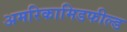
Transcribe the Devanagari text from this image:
अमरिकामिडफील्‍ड